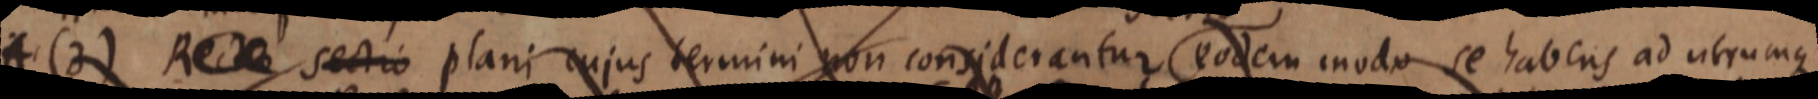
(3) Recta sectio plani cujus termini non considerantur eodem modo se habens ad utrumque